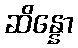
ဆိန္နော